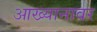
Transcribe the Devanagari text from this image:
आख्यानावर